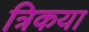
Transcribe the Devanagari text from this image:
त्रिकया